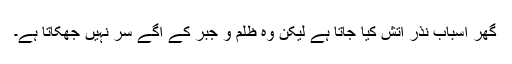
گھر اسباب نذرِ آتش کیا جاتا ہے لیکن وہ ظلم و جبر کے آگے سر نہیں جُھکاتا ہے۔